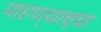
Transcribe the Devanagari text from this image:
पाहण्याच्चा